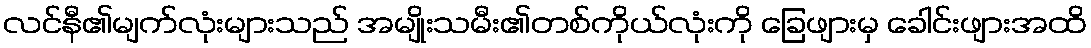
လင်နီ၏မျက်လုံးများသည် အမျိုးသမီး၏တစ်ကိုယ်လုံးကို ခြေဖျားမှ ခေါင်းဖျားအထိ